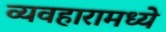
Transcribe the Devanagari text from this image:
व्यवहारामध्ये